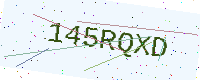
Text: 145RQXD